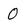
Character: 0